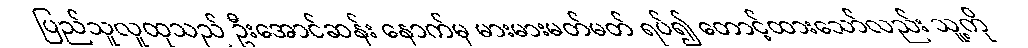
ပြည်သူလူထုသည် ဦးအောင်ဆန်း နောက်မှ မားမားမတ်မတ် ရပ်၍ တောင့်ထားသော်လည်း သူ့ကို